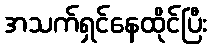
အသက်ရှင်နေထိုင်ပြီး